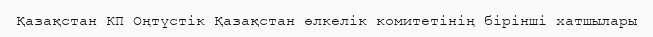
Қазақстан КП Оңтүстік Қазақстан өлкелік комитетінің бірінші хатшылары